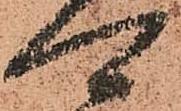
可